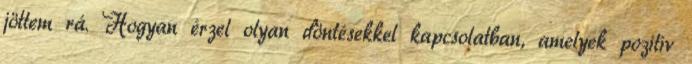
jöttem rá. Hogyan érzel olyan döntésekkel kapcsolatban, amelyek pozitív